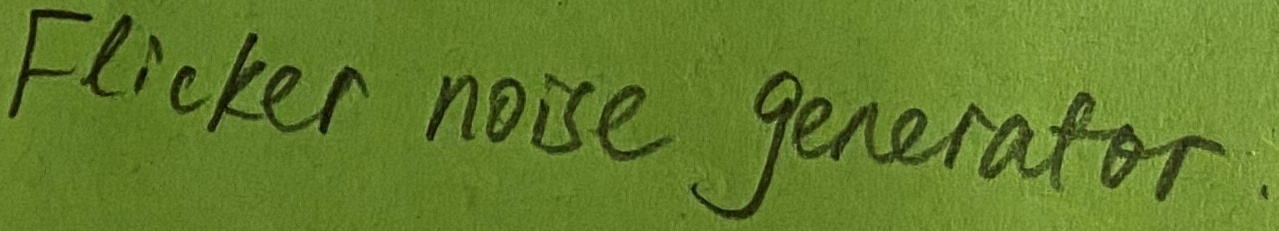
Text: Flicker noise generator